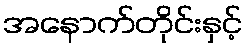
အနောက်တိုင်းနှင့်